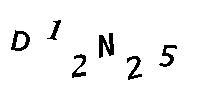
D12N25